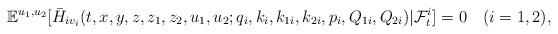
LaTeX: \begin{align*}\begin{aligned}\mathbb{E}^{u_1,u_2}[\bar{H}_{i{v_i}}(t,x,y,z,z_1,z_2,u_1,u_2;q_i,k_i,k_{1i},k_{2i},p_i,Q_{1i},Q_{2i})|\mathcal{F}_t^i]=0\quad(i=1,2),\end{aligned}\end{align*}